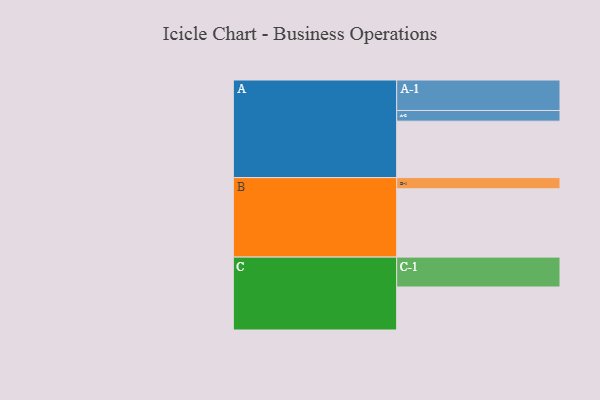
{"axis": {"x": "Segment", "y": "Value"}, "legend": ["", "A", "B", "C"], "data": [{"x": "A", "y": 470, "type": ""}, {"x": "B", "y": 569, "type": ""}, {"x": "C", "y": 358, "type": ""}, {"x": "A-1", "y": 254, "type": "A"}, {"x": "A-2", "y": 89, "type": "A"}, {"x": "B-1", "y": 93, "type": "B"}, {"x": "C-1", "y": 249, "type": "C"}]}